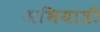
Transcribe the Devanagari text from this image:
अभियात्री